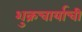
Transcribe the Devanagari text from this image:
शुक्रचार्याची